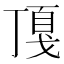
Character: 𢧖